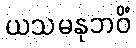
ယသမနုဘဝိံ